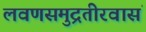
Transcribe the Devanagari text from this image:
लवणसमुद्रतीरवासं